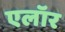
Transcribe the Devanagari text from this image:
एलॉर